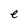
Character: e